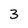
Character: 3